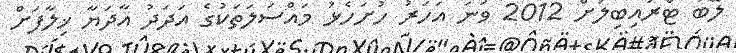
ލޭބަ ޓްރައިބިލަށް 2012 ވަނަ އަހަރު ހުށަހެޅު މައްސަލަތަކުގެ އަދަދު އާދަޔާ ޚިލާފަށް